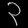
Digit: ၃